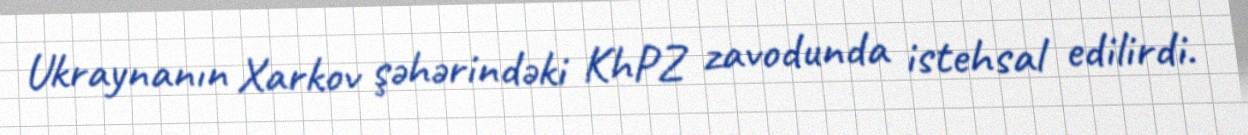
Ukraynanın Xarkov şəhərindəki KhPZ zavodunda istehsal edilirdi.